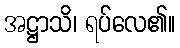
အဋ္ဌာသိ၊ ရပ်လေ၏။